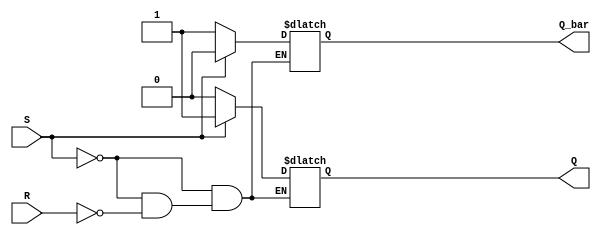
module sr_latch (
    input S, R,
    output reg Q, Q_bar
);

reg nand_S, nand_R;

assign nand_S = ~Q_bar;
assign nand_R = ~Q;

always @* begin
    if (S) begin
        Q = 1;
        Q_bar = 0;
    end else if (R) begin
        Q = 0;
        Q_bar = 1;
    end else begin
        Q = Q;
        Q_bar = Q_bar;
    end
end

endmodule